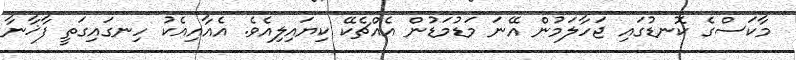
މާކަސްގެ ކޮނޑުގައި ޖަހާލަމުން އޭނަ މަޑުމަޑުން އެއްޗެކޭ ކިޔައިލިއެވެ. އެއާއިއެކު ހިނގައިގަތީ ފާޚާނާ